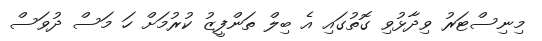
މިނިސްޓަރު ވިދާޅުވި ގޮތުގައި އެ ބިލް ތަންފީޒު ކުރުމަށް ހަ މަސް ދުވަސް